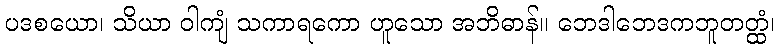
ပဒစယော၊ သိယာ ဝါကျံ သကာရကော ဟူသော အဘိဓာန်။ ဘေဒါဘေဒကဘူတတ္ထံ၊